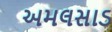
અમલસાડ